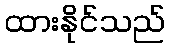
ထားနိုင်သည်